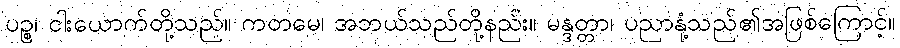
ပဉ္စ၊ ငါးယောက်တို့သည်။ ကတမေ၊ အဘယ်သည်တို့နည်း။ မန္ဒတ္တာ၊ ပညာနုံ့သည်၏အဖြစ်ကြောင့်။